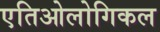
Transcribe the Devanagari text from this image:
एतिओलोगिकल